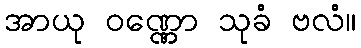
အာယု ဝဏ္ဏော သုခံ ဗလံ။